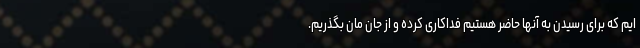
ایم که برای رسیدن به آنها حاضر هستیم فداکاری کرده و از جان مان بگذریم.